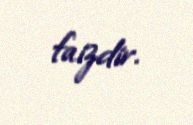
faizdir.